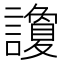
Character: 讂